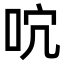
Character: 𠰽